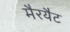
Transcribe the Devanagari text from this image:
मैरयैट